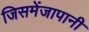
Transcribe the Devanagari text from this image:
जिसमेंजापानी